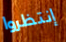
إنتظروا